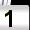
Digit: 1